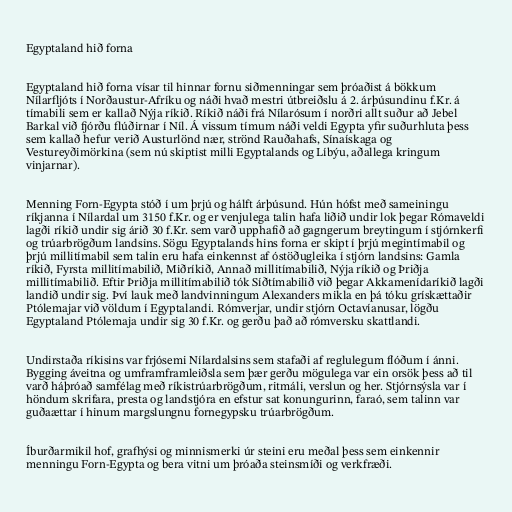
Egyptaland hið forna

Egyptaland hið forna vísar til hinnar fornu siðmenningar sem þróaðist á bökkum
Nílarfljóts í Norðaustur-Afríku og náði hvað mestri útbreiðslu á 2. árþúsundinu f.Kr. á
tímabili sem er kallað Nýja ríkið. Ríkið náði frá Nílarósum í norðri allt suður að Jebel
Barkal við fjórðu flúðirnar í Níl. Á vissum tímum náði veldi Egypta yfir suðurhluta þess
sem kallað hefur verið Austurlönd nær, strönd Rauðahafs, Sínaískaga og
Vestureyðimörkina (sem nú skiptist milli Egyptalands og Líbýu, aðallega kringum
vinjarnar).

Menning Forn-Egypta stóð í um þrjú og hálft árþúsund. Hún hófst með sameiningu
ríkjanna í Nílardal um 3150 f.Kr. og er venjulega talin hafa liðið undir lok þegar Rómaveldi
lagði ríkið undir sig árið 30 f.Kr. sem varð upphafið að gagngerum breytingum í stjórnkerfi
og trúarbrögðum landsins. Sögu Egyptalands hins forna er skipt í þrjú megintímabil og
þrjú millitímabil sem talin eru hafa einkennst af óstöðugleika í stjórn landsins: Gamla
ríkið, Fyrsta millitímabilið, Miðríkið, Annað millitímabilið, Nýja ríkið og Þriðja
millitímabilið. Eftir Þriðja millitímabilið tók Síðtímabilið við þegar Akkamenídaríkið lagði
landið undir sig. Því lauk með landvinningum Alexanders mikla en þá tóku grískættaðir
Ptólemajar við völdum í Egyptalandi. Rómverjar, undir stjórn Octavíanusar, lögðu
Egyptaland Ptólemaja undir sig 30 f.Kr. og gerðu það að rómversku skattlandi.

Undirstaða ríkisins var frjósemi Nílardalsins sem stafaði af reglulegum flóðum í ánni.
Bygging áveitna og umframframleiðsla sem þær gerðu mögulega var ein orsök þess að til
varð háþróað samfélag með ríkistrúarbrögðum, ritmáli, verslun og her. Stjórnsýsla var í
höndum skrifara, presta og landstjóra en efstur sat konungurinn, faraó, sem talinn var
guðaættar í hinum margslungnu fornegypsku trúarbrögðum.

Íburðarmikil hof, grafhýsi og minnismerki úr steini eru meðal þess sem einkennir
menningu Forn-Egypta og bera vitni um þróaða steinsmíði og verkfræði.